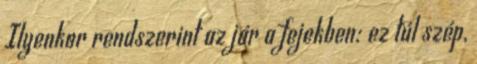
Ilyenkor rendszerint az jár a fejekben: ez túl szép,